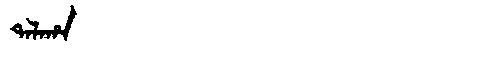
Manchu: ᡨᠠᠯᠠᡥᠠ
Romanization: TALAHA